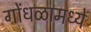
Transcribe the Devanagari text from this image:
गोंधळामध्ये